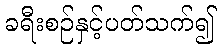
ခရီးစဉ်နှင့်ပတ်သက်၍